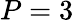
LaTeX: P=3